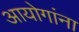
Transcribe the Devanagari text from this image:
आयोगांना